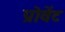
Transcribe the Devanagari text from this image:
प्रोवेंट